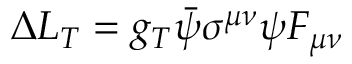
\Delta L _ { T } = g _ { T } \bar { \psi } \sigma ^ { \mu \nu } \psi F _ { \mu \nu }